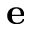
\textbf { e }